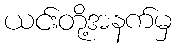
ယင်းတို့အနက်မှ